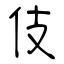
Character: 伎